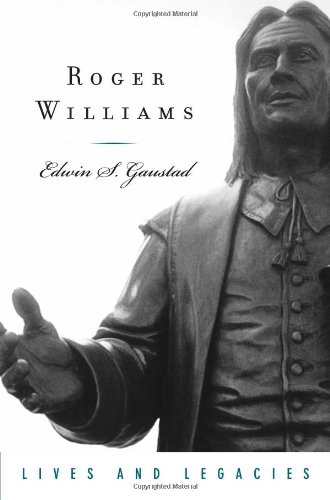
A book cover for Roger Williams (Lives and Legacies Series); Edwin S. Gaustad; Christian Books & Bibles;